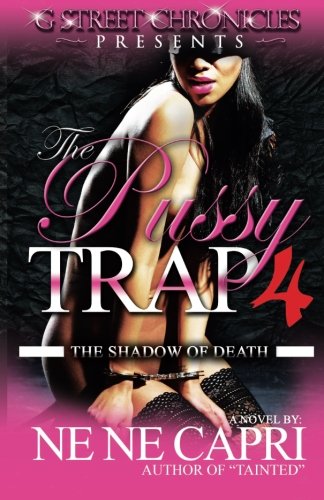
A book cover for The Pussy Trap 4 (G Street Chronicles Presents): The Shadow of Death; NeNe Capri; Literature & Fiction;